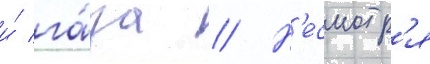
и́ га́за // Н'есмотр'я